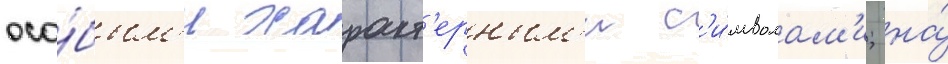
осо́бым'и характ'ерным'и с'и́мволам'и; на́